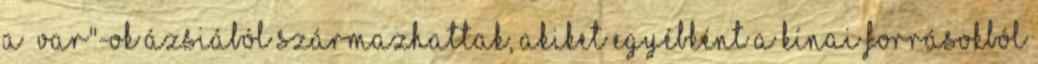
A „var"-ok Ázsiából származhattak, akiket egyébként a kínai forrásokból